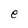
Character: e